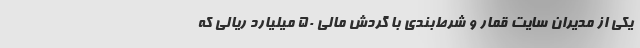
یکی از مدیران سایت قمار و شرط‌بندی با گردش مالی ۵۰ میلیارد ریالی که